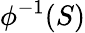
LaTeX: \phi^{-1}(S)